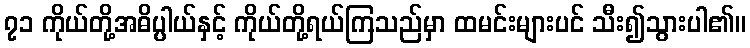
၇၁ ကိုယ်တို့အဓိပ္ပါယ်နှင့် ကိုယ်တို့ရယ်ကြသည်မှာ ထမင်းများပင် သီး၍သွားပါ၏။